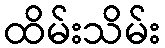
ထိမ်းသိမ်း